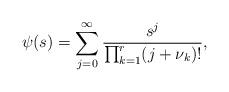
LaTeX: \begin{align*} \psi(s) = \sum_{j=0}^{\infty} \frac{s^j}{\prod_{k=1}^r (j+\nu_k)!}, \end{align*}